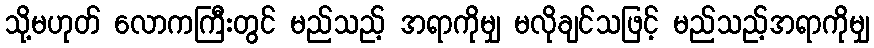
သို့မဟုတ် လောကကြီးတွင် မည်သည့် အရာကိုမျှ မလိုချင်သဖြင့် မည်သည့်အရာကိုမျှ